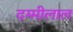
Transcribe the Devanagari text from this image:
दम्मीलाल